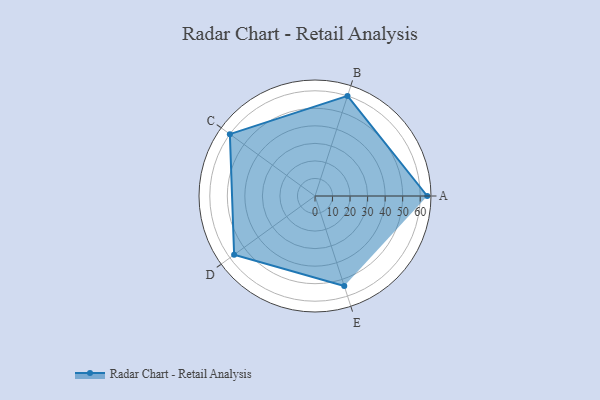
{"axis": {"x": "Skill", "y": "Score"}, "legend": ["Profile"], "data": [{"x": "A", "y": 64.0, "type": "Profile"}, {"x": "B", "y": 60.0, "type": "Profile"}, {"x": "C", "y": 60.0, "type": "Profile"}, {"x": "D", "y": 57.0, "type": "Profile"}, {"x": "E", "y": 54.0, "type": "Profile"}]}